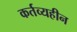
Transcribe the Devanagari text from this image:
कर्तव्यहीन